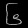
Digit: ၆